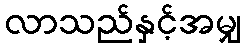
လာသည်နှင့်အမျှ